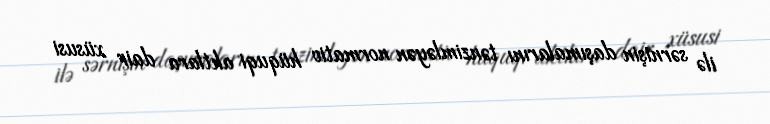
ilə sərnişin daşımalarını tənzimləyən normativ hüquqi aktlara dair xüsusi